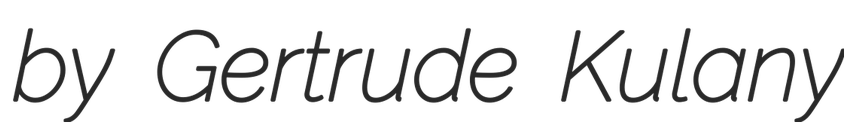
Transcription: by Gertrude Kulany